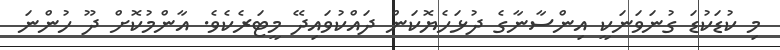
މި ކުޑަކުޑަ ގުނަވަނަކީ އިންސާނާގެ ދުޅަހެޔޮކަން ދައްކުވައިދޭ މީޓަރެކެވެ. އާންމުކޮށް ދޫ ހުންނަ